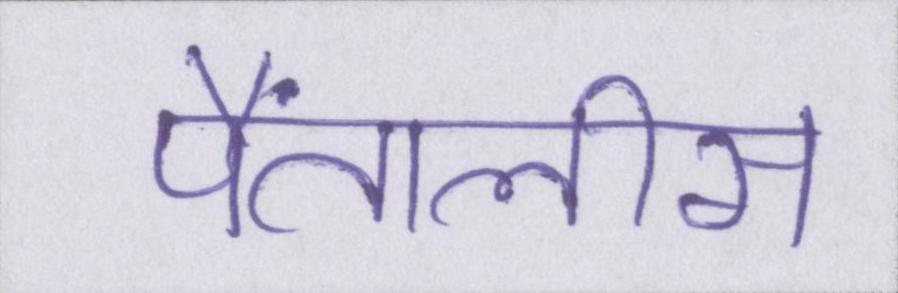
पैंतालीस